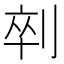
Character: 𱐟